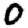
Digit: 0